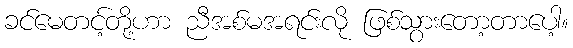
ခင်မေတင့်တို့ဟာ ညီအစ်မအရင်းလို ဖြစ်သွားတော့တာပေါ့။